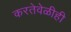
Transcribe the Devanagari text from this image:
करतेवेळीही